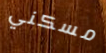
مسكني